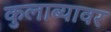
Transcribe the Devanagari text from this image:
कुलाब्यावर